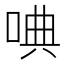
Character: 唺